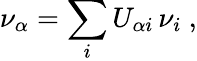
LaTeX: \nu_{\alpha}=\sum_{i}U_{\alpha i}\, \nu_{i}\ ,